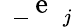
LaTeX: \mathrm{~\mathbf~\underline{~}{~e~}~}_{j}